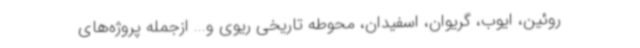
روئین، ایوب، گریوان، اسفیدان، محوطه تاریخی ریوی و... ازجمله پروژه‌های